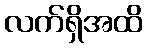
လက်ရှိအထိ